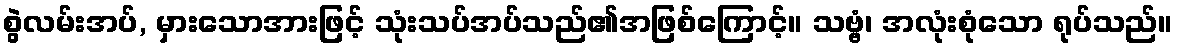
စွဲလမ်းအပ်, မှားသောအားဖြင့် သုံးသပ်အပ်သည်၏အဖြစ်ကြောင့်။ သဗ္ဗံ၊ အလုံးစုံသော ရုပ်သည်။